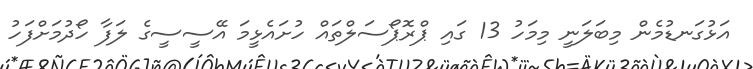
އަޅުގަނޑުމެން މިބަލަނީ މިމަހު 13 ގައި ޕްރޮޕޯސަލްތައް ހުށައެޅީމަ އޭސީސީގެ ލަފާ ހޯދުމަށްފަހު